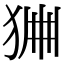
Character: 𤞹